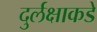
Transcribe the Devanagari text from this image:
दुर्लक्षाकडे